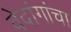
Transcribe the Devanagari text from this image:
वेदांगांचा